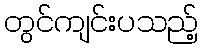
တွင်ကျင်းပသည့်